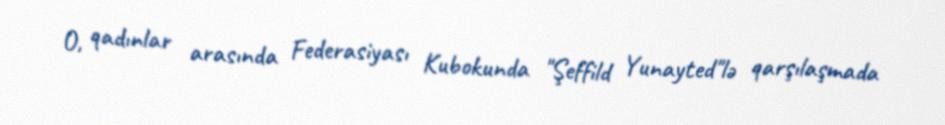
O, qadınlar arasında Federasiyası Kubokunda "Şeffild Yunayted"lə qarşılaşmada